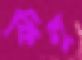
কিনু